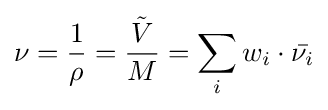
\nu ={\frac {1}{\rho }}={\frac {\tilde {V}}{M}}=\sum _{i}w_{i}\cdot {\bar {\nu _{i}}}